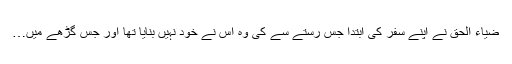
ضیاء الحق نے اپنے سفر کی ابتدا جس رستے سے کی وہ اس نے خود نہیں بنایا تھا اور جس گڑھے میں…